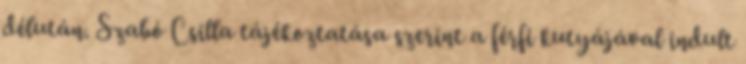
délután. Szabó Csilla tájékoztatása szerint a férfi kutyájával indult